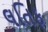
લતિફ